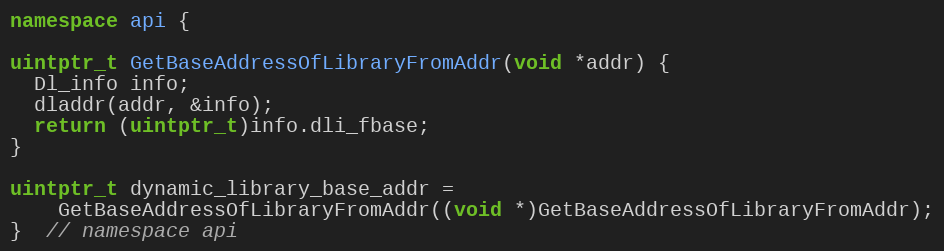
Language: C++
namespace api {

uintptr_t GetBaseAddressOfLibraryFromAddr(void *addr) {
  Dl_info info;
  dladdr(addr, &info);
  return (uintptr_t)info.dli_fbase;
}

uintptr_t dynamic_library_base_addr =
    GetBaseAddressOfLibraryFromAddr((void *)GetBaseAddressOfLibraryFromAddr);
}  // namespace api